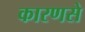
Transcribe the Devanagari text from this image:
कारणसे